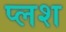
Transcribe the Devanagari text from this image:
प्लश